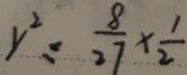
y ^ { 2 } = \frac { 8 } { 2 7 } \times \frac { 1 } { 2 }